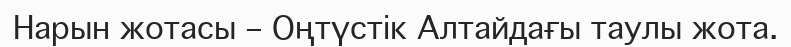
Нарын жотасы – Оңтүстік Алтайдағы таулы жота.